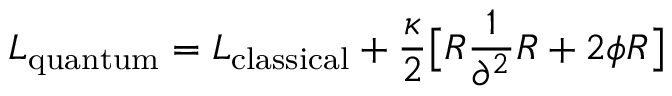
L _ { \mathrm { q u a n t u m } } = L _ { \mathrm { c l a s s i c a l } } + { \frac { \kappa } { 2 } } \big [ R { \frac { 1 } { \partial ^ { 2 } } } R + 2 \phi R \big ]